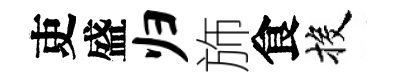
吏盛归斾食投